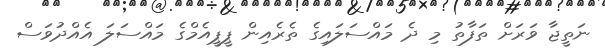
ނަތީޖާ ވަރަށް ތަފާތު މި ދެ މައްސަލައިގެ ތެރެއިން ޕީޕީއެމްގެ މައްސަލަ އެއްދުވަސް